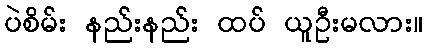
ပဲစိမ်း နည်းနည်း ထပ် ယူဦးမလား။